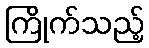
ကြိုက်သည့်